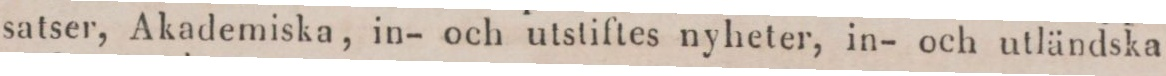
satser, Akademiska, in- och utstiftes nyheter, in- och utländska